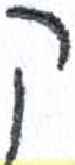
אות: ק